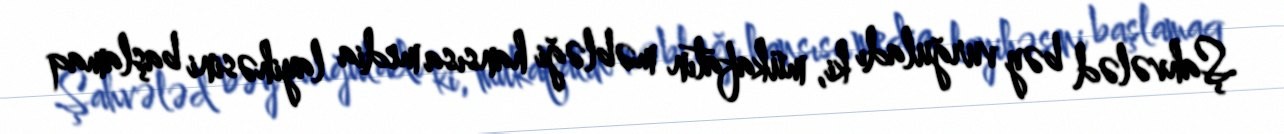
Şahvələd bəy vurğuladı ki, mükafatın məbləği hansısa media layihəsini başlamaq